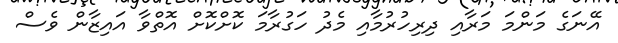
އޭނަގެ މަންމަ މަރާއި ދިރިހުރުމާއި މެދު ހަގުރާމަ ކޮށްކޮށް އޮތްވާ އައިޒާން ވެސް